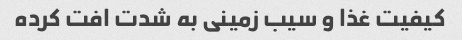
کیفیت غذا و سیب زمینی به شدت افت کرده